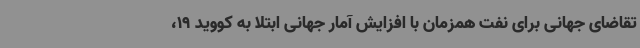
تقاضای جهانی برای نفت همزمان با افزایش آمار جهانی ابتلا به کووید 19،